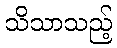
သိသာသည့်